Vaccination in Bombay 1889-1901 - 1889-1901
Year: 1889
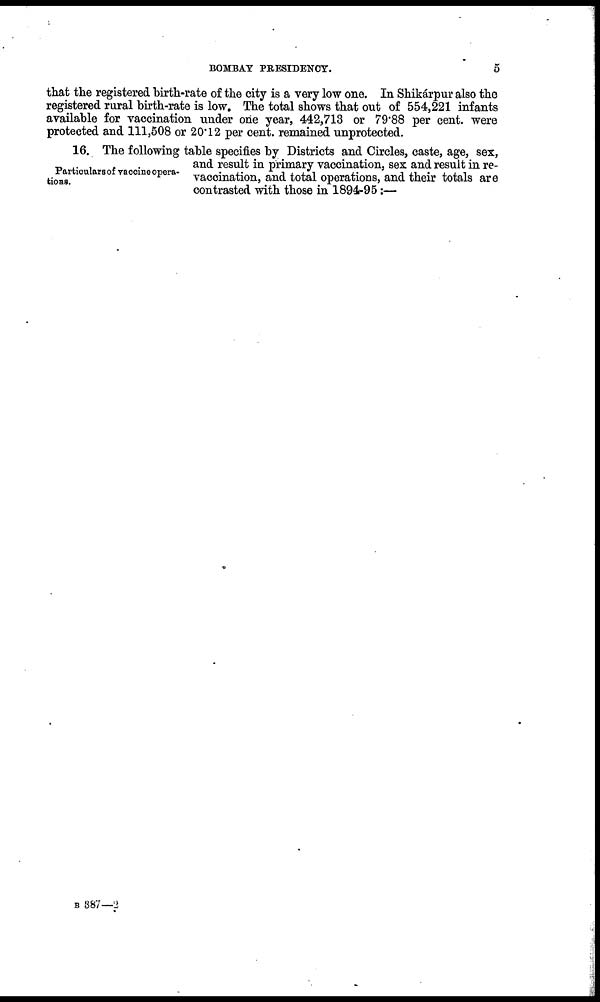
BOMBAY PRESIDENCY.
5
that the registered birth-rate of the city is a very low one. In Shikárpur also the
registered rural birth-rate is low. The total shows that out of 554,221 infants
available for vaccination under one year, 442,713 or 79.88 per cent. were
protected and 111,508 or 20.12 per cent. remained unprotected.
Particulars of vaccineopera¬
tions.
16. The following table specifies by Districts and Circles, caste, age, sex,
and result in primary vaccination, sex and result in re-
vaccination, and total operations, and their totals are
contrasted with those in 1894-95 :—
B 387—2